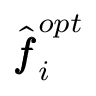
\hat { \pmb f } _ { i } ^ { o p t }